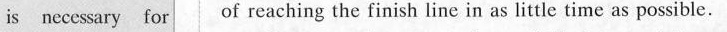
is necessary for of reaching the finish line in as little time as possible.